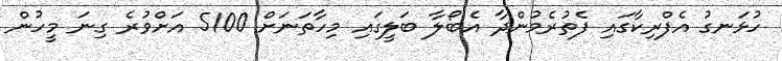
ހުޅަނގު އެފްރިކާގައި ފެތުރެމުންދާ އެބޯލާ ބަލީގައި މިހާތަނަށް 5100 އަށްވުރެ ގިނަ މީހުން